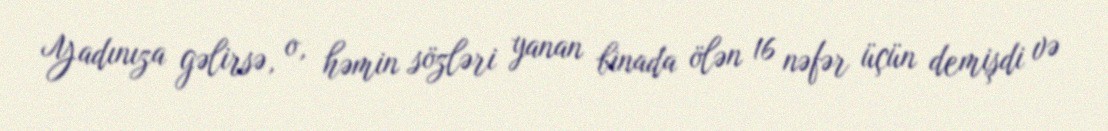
Yadınıza gəlirsə, o, həmin sözləri yanan binada ölən 16 nəfər üçün demişdi və